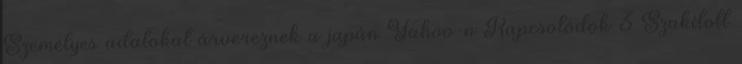
Személyes adatokat árvereznek a japán Yahoo-n Kapcsolódók 3 Szakított